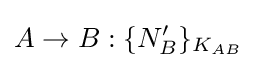
A\rightarrow B:\{N'_{B}\}_{K_{AB}}